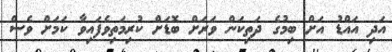
އަދި އައްޑު އަށް ބިމުގެ ދަތިކަން ވަރަށް ބޮޑަށް ކުރިމަތިވެފައިވާ ކަމަށް ވެސް